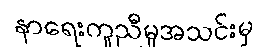
နာရေးကူညီမှုအသင်းမှ